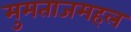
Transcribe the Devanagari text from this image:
मुमताजमहल